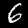
Label: 6